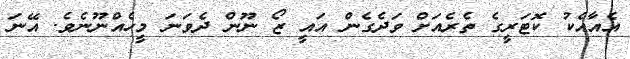
އެއާއެކު ކޮޓަރީގެ ތެރެއަށް ވަދެގެން އައީ ޒޯ ނޫން ދެވަނަ މީހެއްނޫނެވެ. އޭނަ